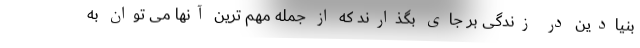
بنیادین در زندگی بر جای بگذارند که از جمله مهم ترین آنها می توان به